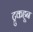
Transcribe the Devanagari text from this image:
ट्रुकहून